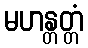
မဟန္တတ္တံ